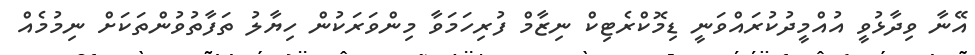
އޭނާ ވިދާޅުވީ އުއްމީދުކުރައްވަނީ ޑިމޮކްރެޓިކް ނިޒާމް ފުރިހަމަވާ މިންވަރަކުން ހިޔާލު ތަފާތުވުންތަކަށް ނިމުމެއް